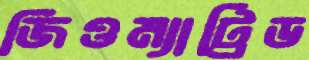
জিওম্যাট্রিড